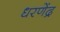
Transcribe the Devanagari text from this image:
धरणेंद्र